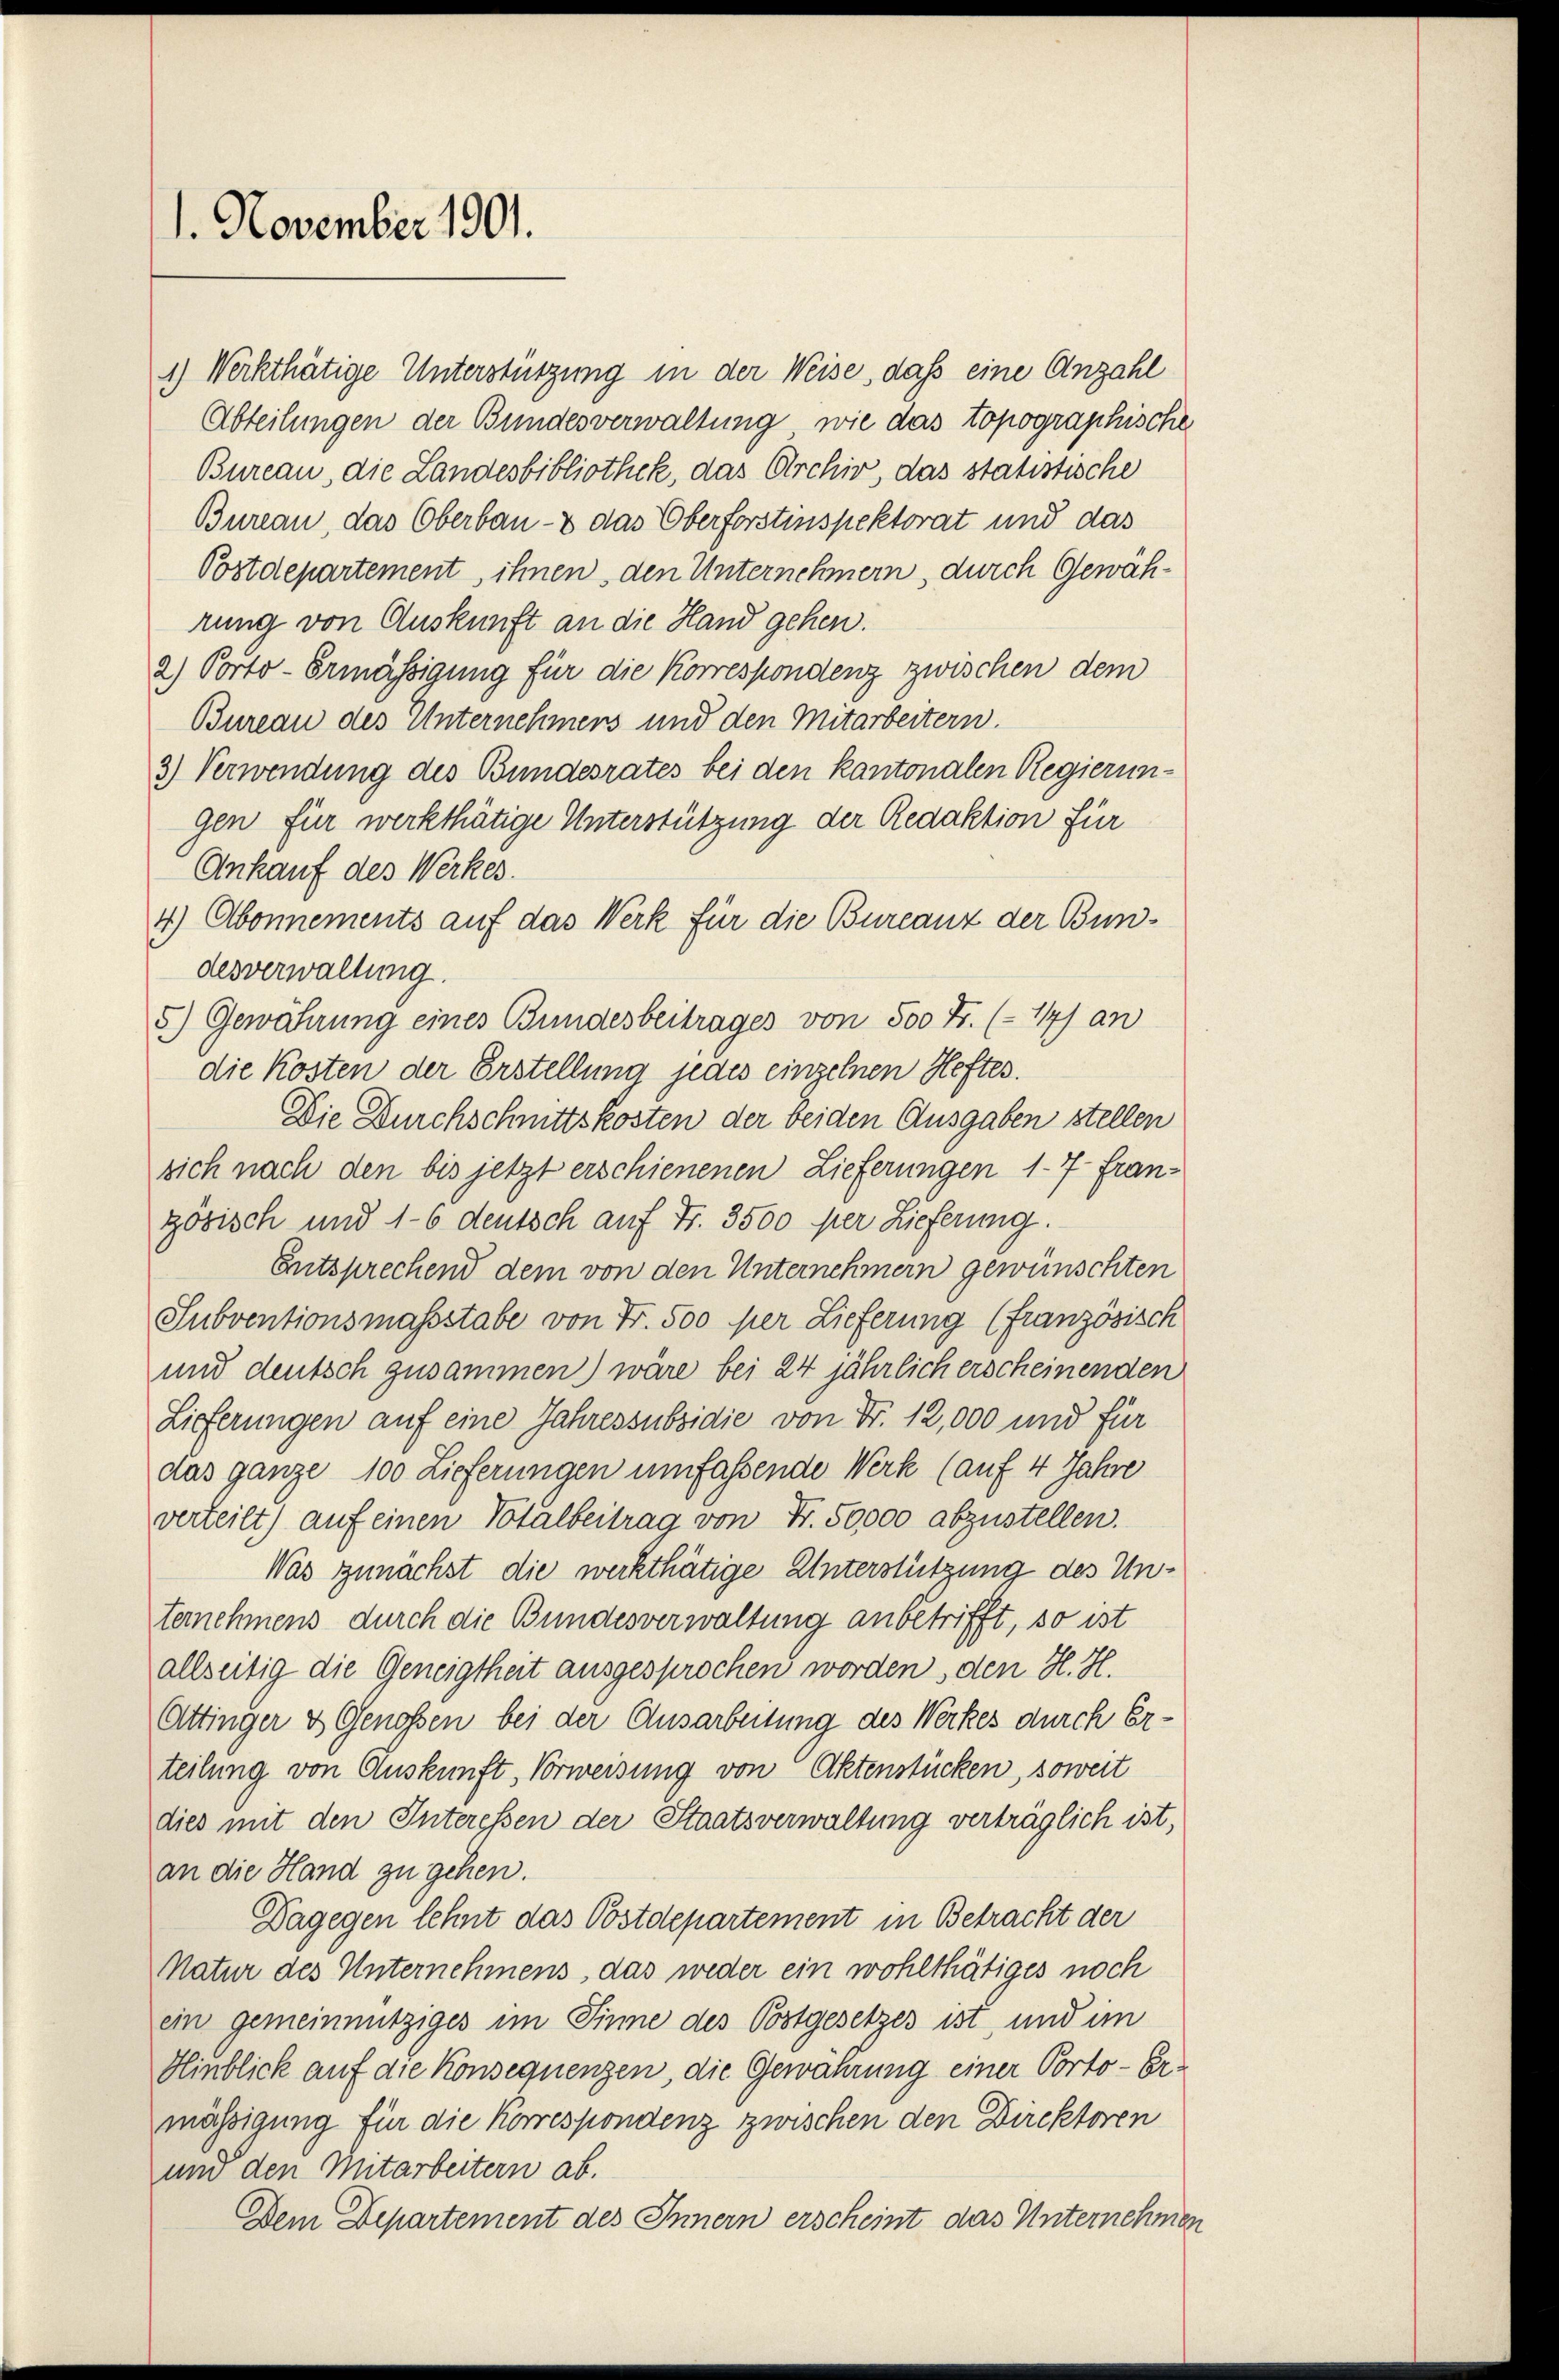
1. November 1901.

1) Werkthätige Unterstützung in der Weise, daß eine Anzahl
Abteilungen der Bundesverwaltung, wie das topographische
Bureau, die Landesbibliothek, das Archiv, das statistische
Bureau, das Oberbau- & das Oberforstinspektorat und das
Postdepartement, ihnen, den Unternehmern, durch Gewährung von Auskunft an die Hand gehen.
2) Porto-Ermässigung für die Korrespondenz zwischen dem
Bureau des Unternehmens und den Mitarbeitern.
3) Verwendung des Bundesrates bei den kantonalen Regierungen für werkthätige Unterstützung der Redaktion für
Ankauf des Werkes.
4) Abonnements auf das Werk für die Bureauz der Bundesverwaltung.
5) Gewährung eines Bundesbeitrages von 500 Fr. (14) an
die Kosten der Erstellung jedes einzelnen Heftes.
Die Durchschnittskosten der beiden Ausgaben stellen
sich nach den bis jetzt erschienenen Lieferungen 17 französisch und 1-6 deutsch auf Fr. 3500 per Lieferung.
Entsprechend dem von den Unternehmern gewünschten
Subventionsmassstabe von Fr. 500 per Lieferung (französisch
und deutsch zusammen) wäre bei 24 jährlich erscheinenden
Lieferungen auf eine Jahressubsidie von Fr. 12,000 und für
das ganze 100 Lieferungen umfassende Werk (auf 4 Jahre
verteilt) auf einen Totalbeitrag von Fr. 50000 abzustellen.
Was zunächst die werkthätige Unterstützung des Unternehmens durch die Bundesverwaltung anbetrifft, so ist
allseitig die Geneigtheit ausgesprochen worden, den H. H.
Attinger & Genossen bei der Ausarbeitung des Werkes durch Er-
teilung von Auskunft, Vorweisung von Aktenstücken, soweit
dies mit den Interessen der Staatsverwaltung verträglich ist,
an die Hand zu gehen.
Dagegen lehnt das Postdepartement in Betracht der
Natur des Unternehmens, das weder ein wohlthätiges noch
ein gemeinnütziges im Sinne des Postgesetzes ist, und im
Hinblick auf die Konsequenzen, die Gewahrung einer Porto-Ermässigung für die Korrespondenz zwischen den Direktoren
um den Mitarbeitern ab.
Dem Departement des Innern erscheint das Unternehmen